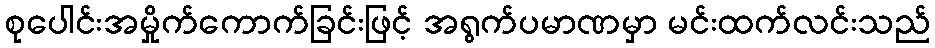
စုပေါင်းအမှိုက်ကောက်ခြင်းဖြင့် အရွက်ပမာဏမှာ မင်းထက်လင်းသည်